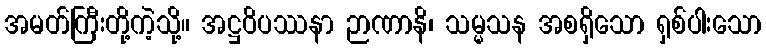
အမတ်ကြီးတို့ကဲ့သို့။ အဋ္ဌဝိပဿနာ ဉာဏာနိ၊ သမ္မသန အစရှိသော ရှစ်ပါးသော